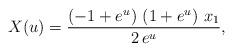
LaTeX: \begin{align*}X(u)= {{\left( -1 + {e^u} \right) \,\left( 1 + {e^u} \right) \,{x_1}}\over {2\,{e^u}}},\end{align*}